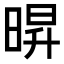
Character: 𭦠